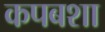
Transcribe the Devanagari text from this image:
कपबशा